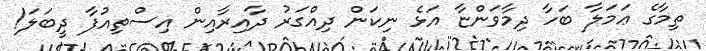
ތިމާގެ ޢަމަލާ ބަހާ ދިމާވަންޏާ އަޅެ ނިކަން ދިއްގަރު ދާއިރާއިން އިސްތިއުފާ ދީބަލަ!